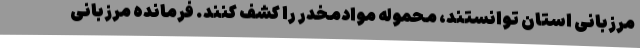
مرزبانی استان توانستند، محموله موادمخدر را کشف کنند. فرمانده مرزبانی